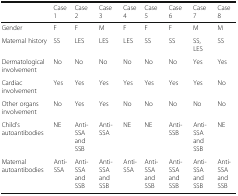
|  | Case 1 | Case 2 | Case 3 | Case 4 | Case 5 | Case 6 | Case 7 | Case 8 |
 | --- | --- | --- | --- | --- | --- | --- | --- | --- |
 | Gender | F | F | M | F | F | F | M | M |
 | Maternal history | SS | LES | LES | LES | SS | SS | SS, LES | SS |
 | Dermatological involvement | No | No | No | No | No | No | Yes | Yes |
 | Cardiac involvement | Yes | Yes | Yes | Yes | Yes | Yes | Yes | No |
 | Other organs involvement | No | Yes | Yes | No | No | No | No | No |
 | Child's autoantibodies | NE | Anti-SSA and SSB | Anti-SSA | NE | NE | Anti-SSB | Anti-SSA and SSB | NE |
 | Maternal autoantibodies | Anti-SSA | Anti-SSA and SSB | Anti-SSA and SSB | Anti-SSA | Anti-SSA and SSB | Anti-SSA and SSB | Anti-SSA and SSB | Anti-SSA and SSB |